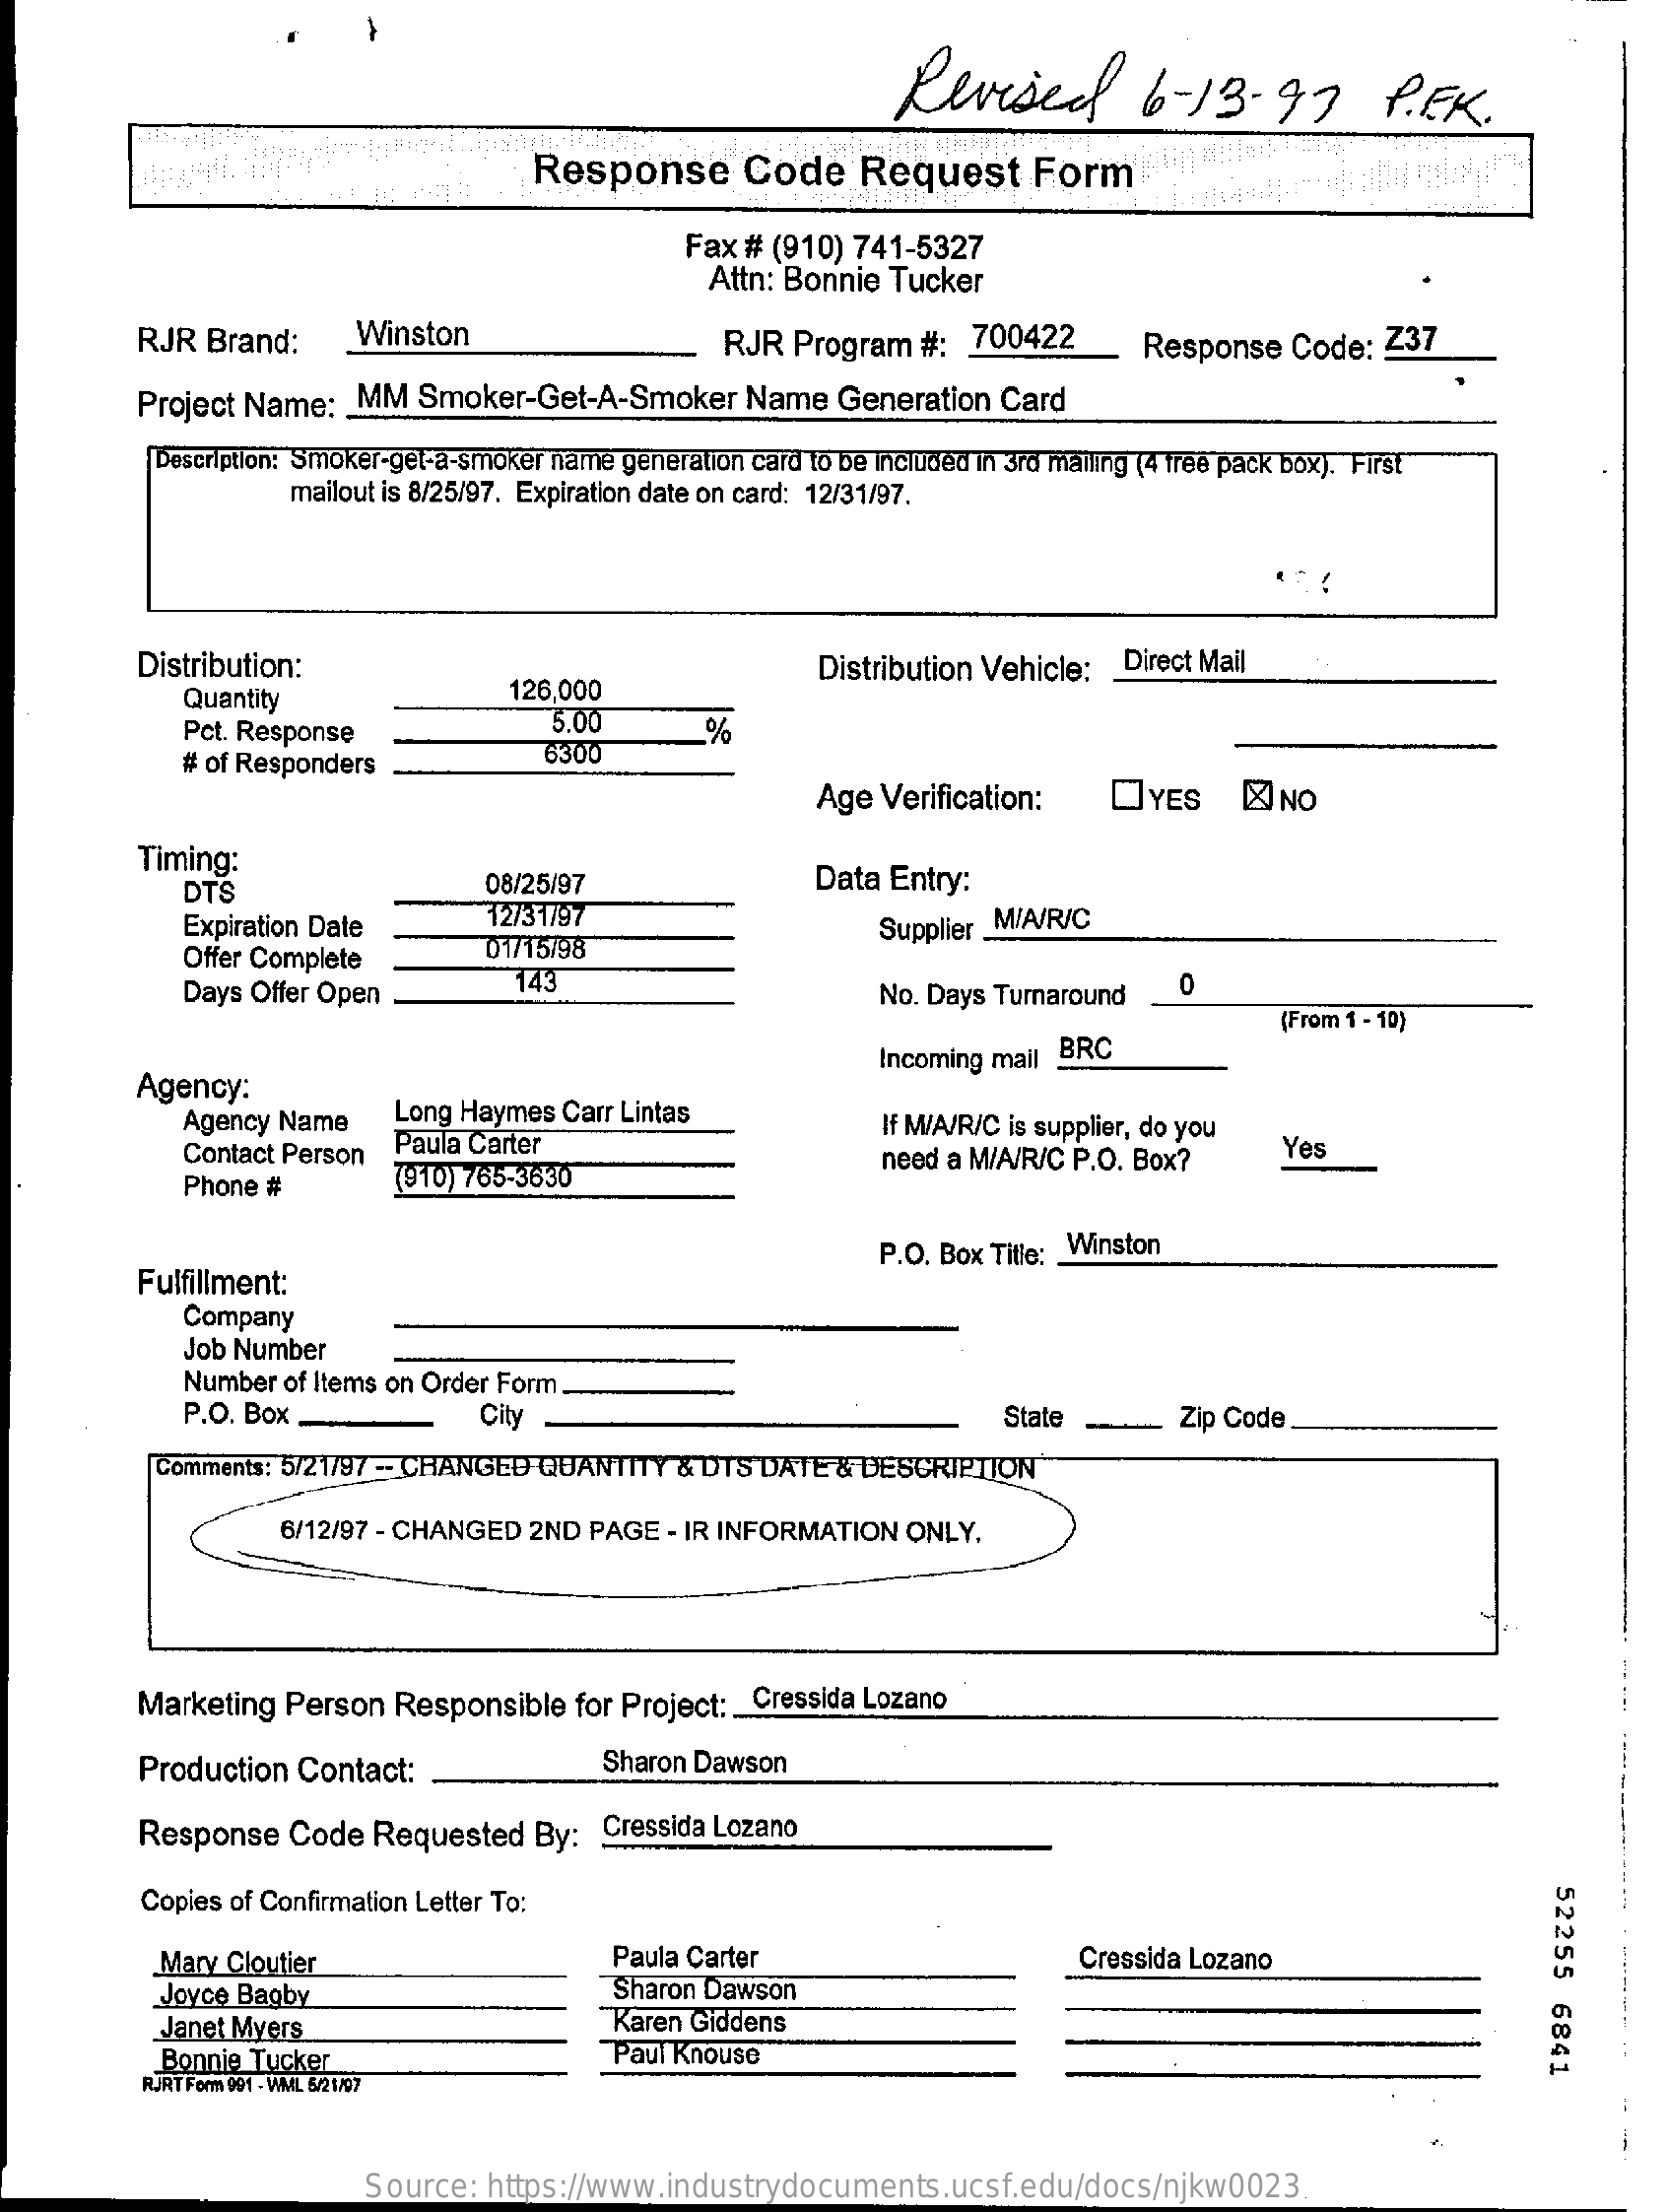
Revised    6-  13-97    P.EK.
     Response    Code    Request    Form
     Fax # (910) 741-5327
     Attn: Bonnie Tucker
     RJR  Brand:    Winston    RJR  Program  #:  700422_    Response    Code:  Z37
     Project Name:  _ MM  Smoker-Get-A-Smoker    Name   Generation  Card
     Description: Smoker-get-a-smoker name generation card to be included in 3rd mailing (4 free pack box). First
     mailout is 8/25/97. Expiration date on card: 12/31/97.
     Distribution:    Distribution Vehicle: . Direct Mail
     Quantity    126,000
     Pct. Response    5.00    %
     # of Responders
     6300
     Age Verification:    OYES    K  NO
     Timing:
     DTS    08/25/97    Data Entry:
     Expiration Date    12731/97
     Offer Complete    01/15/98
     Supplier _MIA/R/C
     Days Offer Open
     143
     No. Days Turnaround    0
     (From 1 - 10)
     Agency:
     Incoming mail BRC
     Agency Name    Long Haymes Carr Lintas
     Contact Person Paula Carter
     If M/A/R/C is supplier, do you
     Phone #
     need a M/A/R/C P.O. Box?    Yes
     (910) 765-3630
     Fulfillment:
     P.O. Box Title: _ Winston
     Company
     Job Number
     Number of Items on Order Form.
     P.O. Box _    City    State    Zip Code
     Comments: 5721/97 - CHANGED QUANTITY  & DTS DATE  & DESCRIPTION
     6/12/97 - CHANGED 2ND  PAGE  - IR INFORMATION ONLY.
     Marketing  Person  Responsible   for Project: _ Cressida Lozano
     Production Contact:    Sharon Dawson
     Response   Code   Requested   By:  Cressida Lozano
     52255
     6841
     Copies of Confirmation Letter To:
     Mary Cloutier    Paula Carter
     Sharon Dawson
     Cressida Lozano
     Joyce Bagby
     Janet Myers    "Karen Giddens
     Bonnie Tucker    Paul Knouse
     RJRT Form 991 - WWL 5/2
     Source:  https://www.industrydocuments.ucsf.edu/docs/njkw0023